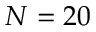
N = 2 0